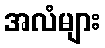
အလံများ